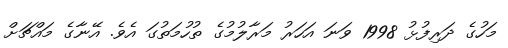
މަހުގެ ދަރިފުޅު 1998 ވަނަ އަހަރު މަރާލުމުގެ ތުހުމަތުގަ އެވެ. އޭނާގެ މައްޗަށް